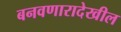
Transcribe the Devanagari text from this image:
बनवणारादेखील